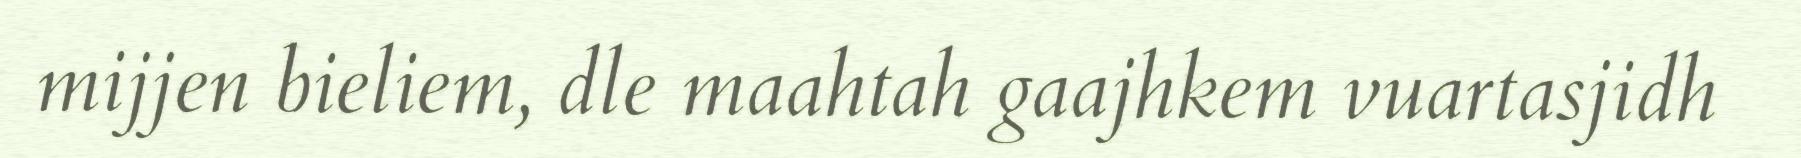
mijjen bieliem, dle maahtah gaajhkem vuartasjidh